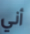
أني